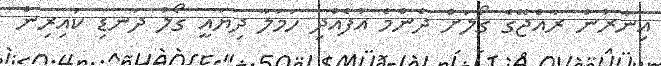
އިނާރުން ރާއްޖޭގެ ގޯލަށް ދެންމެ އުފެއްދި ހަމަލާ ދިޔައީ ގޯލު ދަނޑި ކައިރިން